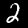
Label: 2